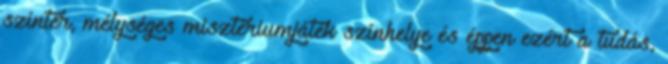
színtér, mélységes misztériumjáték színhelye és éppen ezért a tudás,